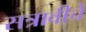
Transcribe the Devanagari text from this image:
सत्रावीचे